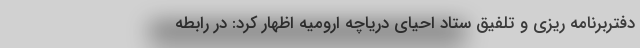
دفتربرنامه ریزی و تلفیق ستاد احیای دریاچه ارومیه اظهار کرد: در رابطه